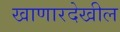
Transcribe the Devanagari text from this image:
खाणारदेखील